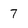
Character: 7